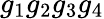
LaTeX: g_{1}g_{2}g_{3}g_{4}